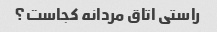
راستی اتاق مردانه کجاست؟